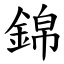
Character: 錦